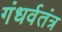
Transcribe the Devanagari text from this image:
गंधर्वतंत्र